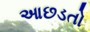
આછડતો